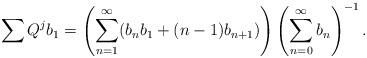
LaTeX: \begin{align*} \sum Q^j b_1 = \left(\sum_{n=1}^\infty (b_n b_1 + (n-1) b_{n+1})\right) \left(\sum_{n=0}^\infty b_n\right)^{-1}. \end{align*}